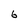
Character: 6